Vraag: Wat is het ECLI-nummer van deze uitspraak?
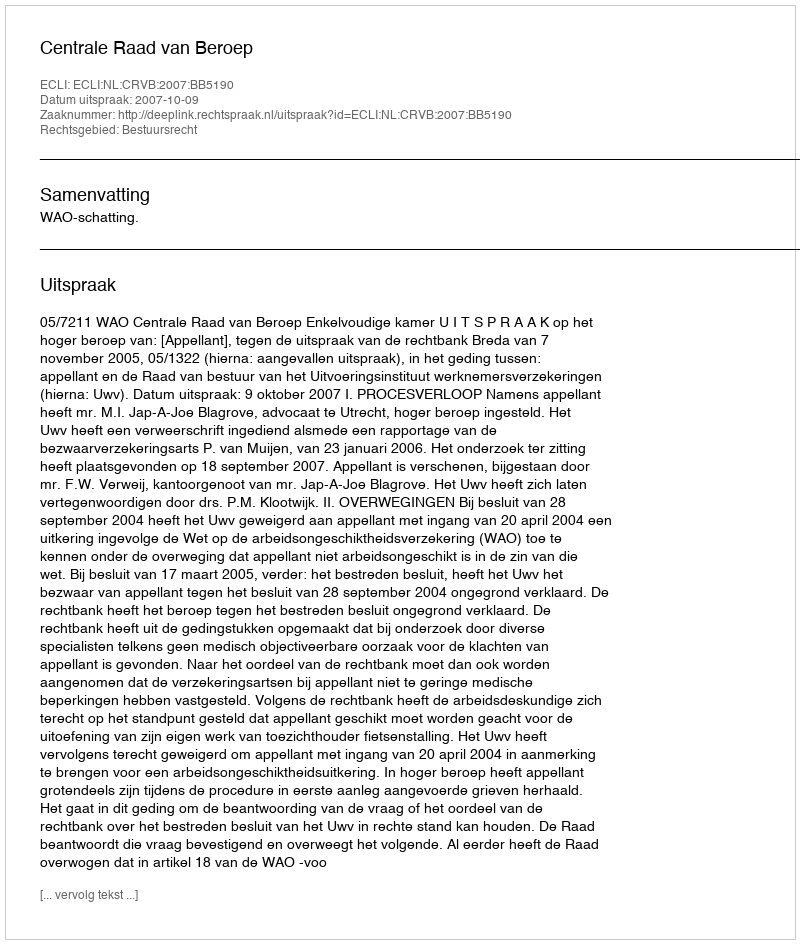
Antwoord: ECLI:NL:CRVB:2007:BB5190